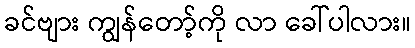
ခင်ဗျား ကျွန်တော့်ကို လာ ခေါ်ပါလား။